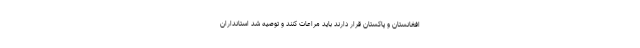
افغانستان و پاکستان قرار دارند باید مراعات کنند و توصیه شد استانداران